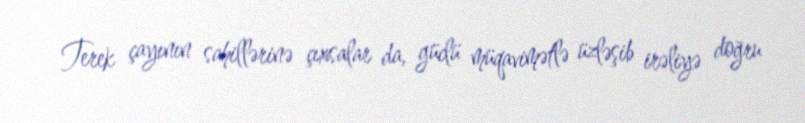
Terek çayının sahillərinə çıxsalar da, güclü müqavimətlə üzləşib irəliyə doğru